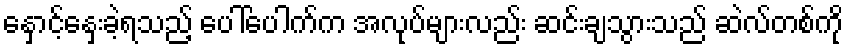
နှောင့်နှေးခဲ့ရသည့် ပေါ်ပေါက်က အလုပ်များလည်း ဆင်းချသွားသည် ဆဲလ်တစ်ကို